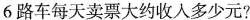
6路车每天卖票大约收入多少元?